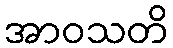
အာဝသတိ